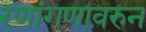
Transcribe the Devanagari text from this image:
रणांगणावरुन